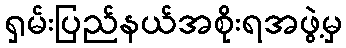
ရှမ်းပြည်နယ်အစိုးရအဖွဲ့မှ